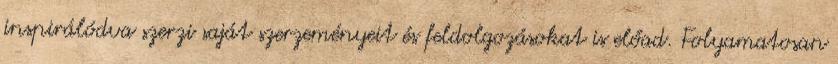
inspirálódva szerzi saját szerzeményeit és feldolgozásokat is előad. Folyamatosan